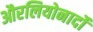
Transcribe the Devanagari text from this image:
औरलियोनार्दो